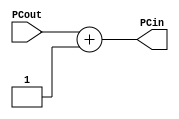
//this block is part of instruction fetch unit, it specifically increments PC by 1
module adder(PCout, PCin );
input [7:0]PCout;
output [7:0]PCin;
assign PCin = PCout + 1;
endmodule